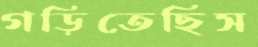
গড়িতেছিস